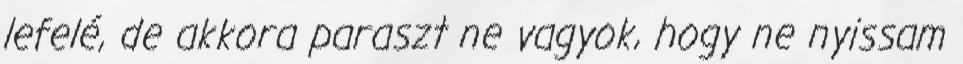
lefelé, de akkora paraszt ne vagyok, hogy ne nyissam